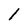
Character: 1